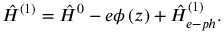
{ \hat { H } } ^ { ( 1 ) } = { \hat { H } } ^ { 0 } - e \phi \left( z \right) + { \hat { H } } _ { e - p h } ^ { ( 1 ) } .